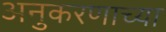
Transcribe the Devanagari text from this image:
अनुकरणाच्या